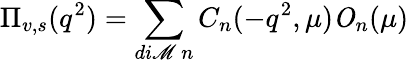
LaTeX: \Pi_{v,s}(q^{2})=\sum_{di\mathscr{M}~n}C_{n}(-q^{2},\mu){\mathit{O}}_{n}(\mu)